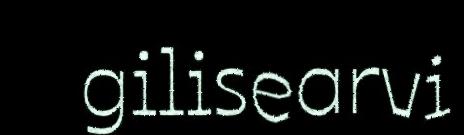
gilisearvi